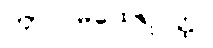
ကာလမထေရ်ဝတ္ထု